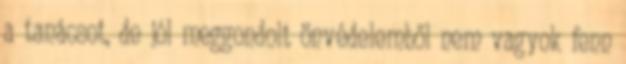
a tanácsot, de jól meggondolt önvédelemből nem vagyok fenn